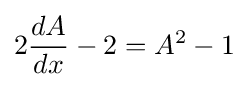
2{\frac {dA}{dx}}-2=A^{2}-1